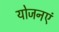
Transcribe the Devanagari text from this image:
योजनएं